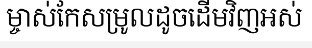
ម្ចាស់កែសម្រូលដូចដើមវិញអស់